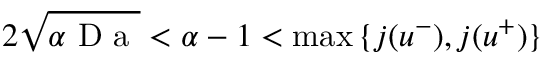
2 \sqrt { \alpha \mathrm { ~ D ~ a ~ } } < \alpha - 1 < \operatorname* { m a x } { \{ j ( u ^ { - } ) , j ( u ^ { + } ) \} }